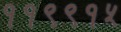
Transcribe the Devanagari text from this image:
११९९१५